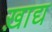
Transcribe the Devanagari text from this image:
ख़ाद्य